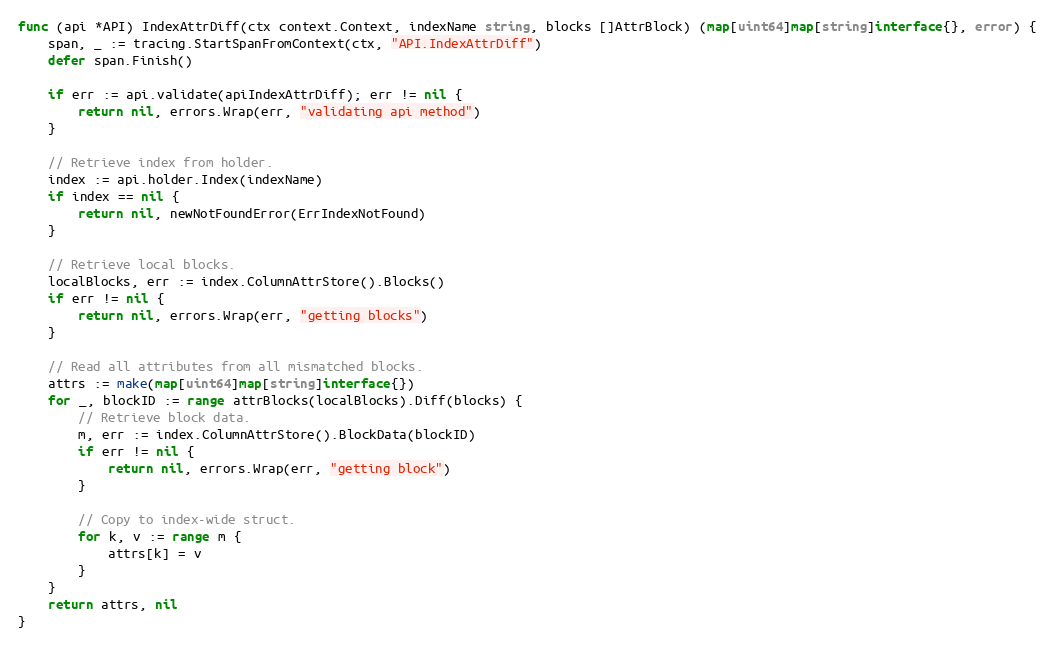
Language: Go
func (api *API) IndexAttrDiff(ctx context.Context, indexName string, blocks []AttrBlock) (map[uint64]map[string]interface{}, error) {
	span, _ := tracing.StartSpanFromContext(ctx, "API.IndexAttrDiff")
	defer span.Finish()

	if err := api.validate(apiIndexAttrDiff); err != nil {
		return nil, errors.Wrap(err, "validating api method")
	}

	// Retrieve index from holder.
	index := api.holder.Index(indexName)
	if index == nil {
		return nil, newNotFoundError(ErrIndexNotFound)
	}

	// Retrieve local blocks.
	localBlocks, err := index.ColumnAttrStore().Blocks()
	if err != nil {
		return nil, errors.Wrap(err, "getting blocks")
	}

	// Read all attributes from all mismatched blocks.
	attrs := make(map[uint64]map[string]interface{})
	for _, blockID := range attrBlocks(localBlocks).Diff(blocks) {
		// Retrieve block data.
		m, err := index.ColumnAttrStore().BlockData(blockID)
		if err != nil {
			return nil, errors.Wrap(err, "getting block")
		}

		// Copy to index-wide struct.
		for k, v := range m {
			attrs[k] = v
		}
	}
	return attrs, nil
}